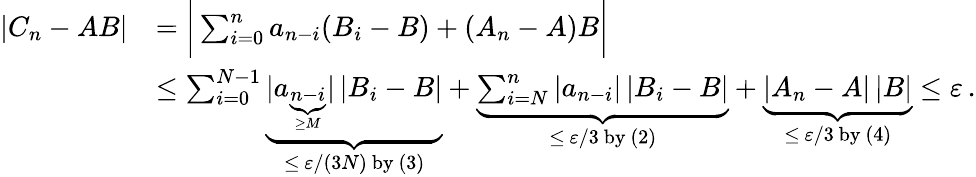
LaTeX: {\begin{array}{rl}{|C_{n}-AB|}&{={\biggl|}\sum_{i=0}^{n}a_{n-i}(B_{i}-B)+(A_{n}-A)B{\biggr|}}\\ &{\leq\sum_{i=0}^{N-1}\underbrace{|a_{\underbrace{\scriptstyle n-i}_{\scriptscriptstyle\geq M}}|\, |B_{i}-B|}_{\leq\, \varepsilon/(3N){\mathrm{~by~(3)}}}+\underbrace{\sum_{i=N}^{n}|a_{n-i}|\, |B_{i}-B|}_{\leq\, \varepsilon/3{\mathrm{~by~(2)}}}+\underbrace{|A_{n}-A|\, |B|}_{\leq\, \varepsilon/3{\mathrm{~by~(4)}}}\leq\varepsilon\, .}\end{array}}